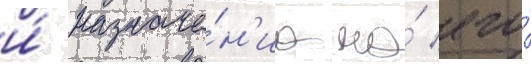
и́ назначе́н'иа на́ его́